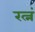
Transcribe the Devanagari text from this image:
रत्नं